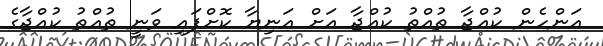
އަންހެން ކުއްޖާ ތުއްތު ކުއްޖާ އަށް އަނިޔާ ކޮށްފައި ވަނީ ތުއްތު ކުއްޖާގެ